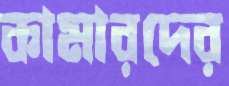
কামারদের